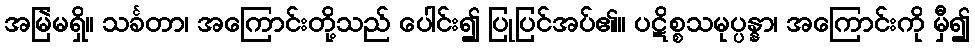
အမြဲမရှိ။ သင်္ခတာ၊ အကြောင်းတို့သည် ပေါင်း၍ ပြုပြင်အပ်၏။ ပဋိစ္စသမုပ္ပန္နာ၊ အကြောင်းကို မှီ၍